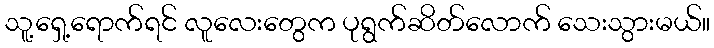
သူ့ရှေ့ရောက်ရင် လူလေးတွေက ပုရွက်ဆိတ်လောက် သေးသွားမယ်။